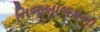
નિજબાળકના